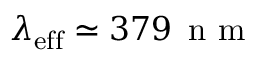
\lambda _ { \mathrm { e f f } } \simeq 3 7 9 \ensuremath { \, \mathrm { ~ n ~ m ~ } }